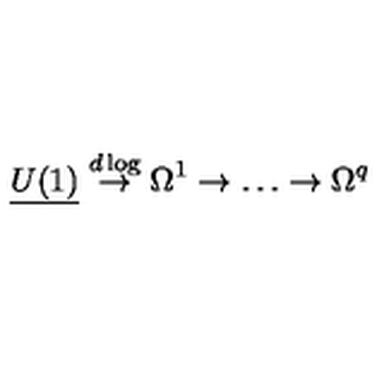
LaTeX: { \underline { { U ( 1 ) } } } \stackrel { d \log } { \to } \Omega ^ { 1 } \to \dots \to \Omega ^ { q }